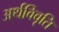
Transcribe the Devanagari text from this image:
अर्थविवृति